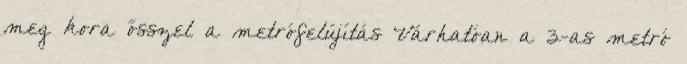
meg kora ősszel a metrófelújítás Várhatóan a 3-as metró